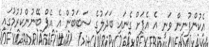
އެކުންފުނިން ވަނީ އެ އެޕަށް ގެނައި ބަދަލުގެ ސަބަބުން އެ އެޕް ބޭނުންކުރުމުގައި